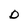
Character: D